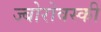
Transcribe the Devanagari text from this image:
ज्बोरोवस्की